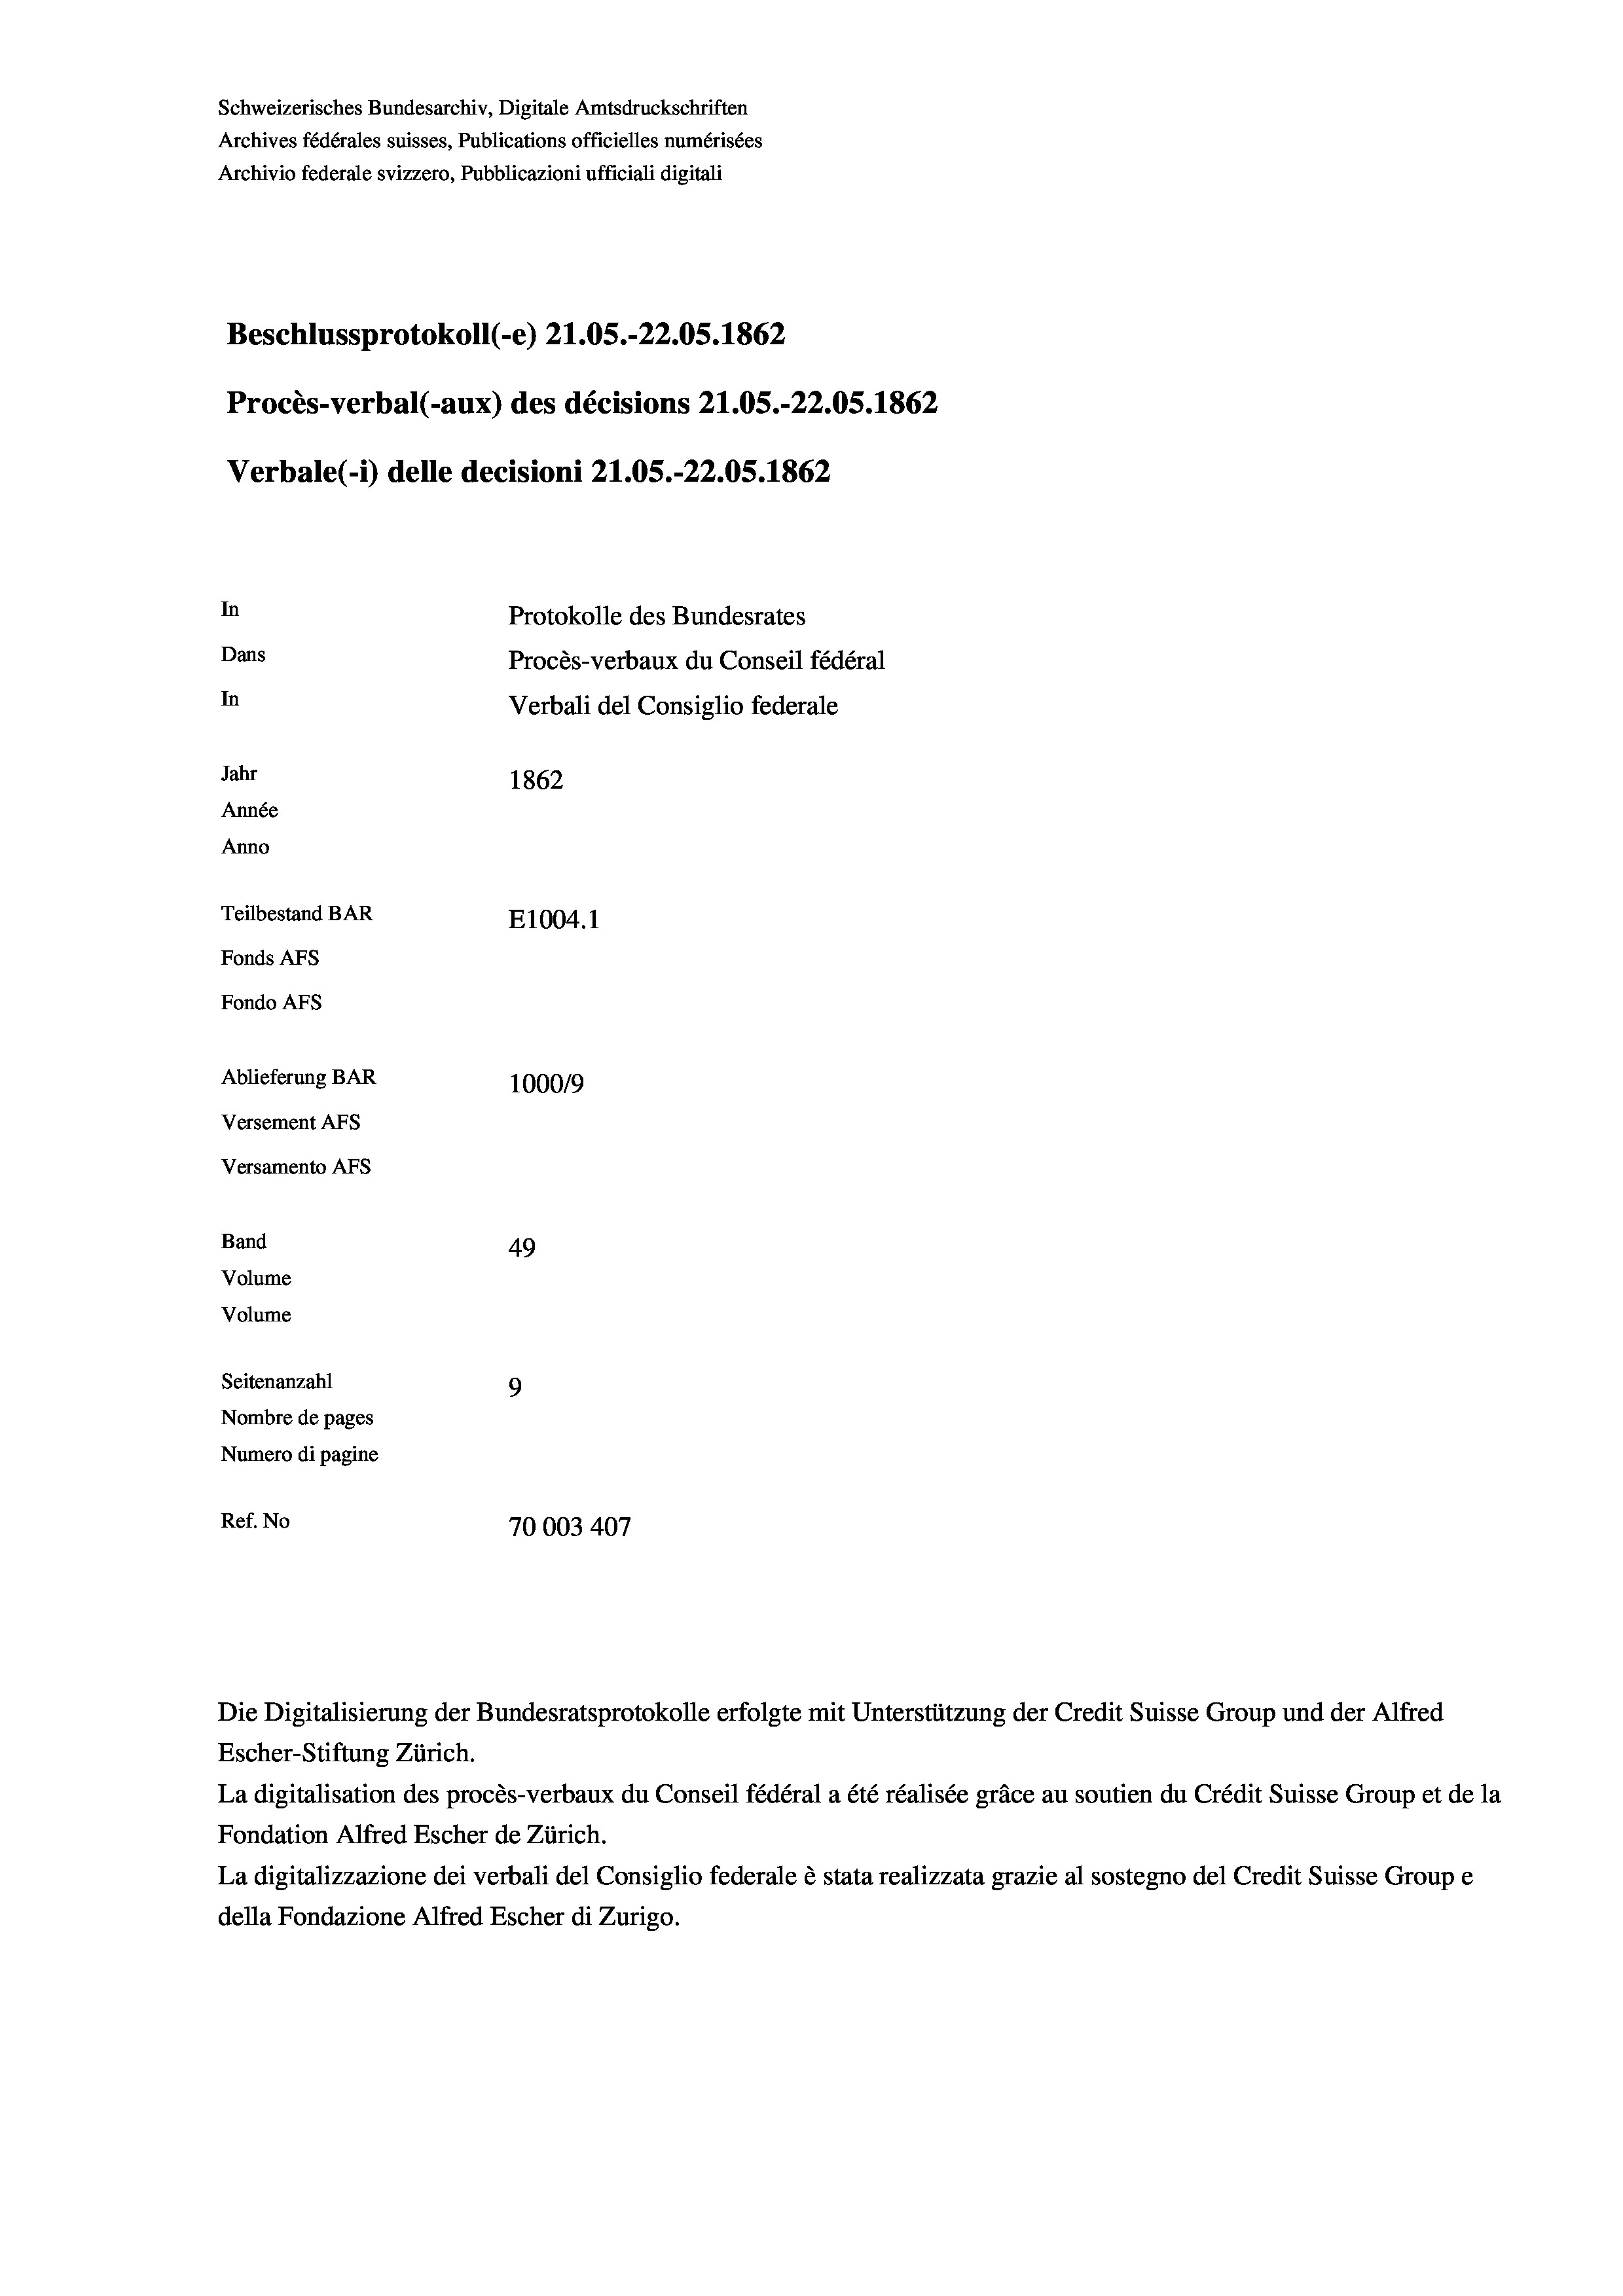
Schweizerisches Bundesarchiv, Digitale Amtsdruckschriften
Archives fédérales suisses, Publications officielles numérisées
Archivio federale svizzero, Pubblicazioni ufficiali digitali
Beschlussprotokoll (e) 21.05.-22.05. 1862
Procès-verbal (-aux) des décisions Z1.05.-22.05. 1862
Verbale (- 1) delle decisioni 21.05.-22.05. 1862
In
Protokolle des Bundesrates
Dans
Procès-verbaux du Conseil fédéral
In
Verbali del Consiglio federale
Jahr
1862
Année
Anno
Teilbestand BAR
E1004. 1
Fonds AFs
Fondo Afs
Ablieferung BAR
100019
Versement AFs
Versamento AFs
Band
49
Volume
Volume
Seitenanzahl
9
Nombre de pages
Numero di pagine
Ref. No
70003 407

Escher-Stiftung Zürich.
La digitalisation des procès-verbaux du Conseil fédéral a été réalisée gräce au soutien du Crédit Suisse Group et de la
Fondation Alfred Escher de Zürich.
La digitalizzazione dei verbali del Consiglio federale è stata realizzata grazie al sostegno del Credit Suisse Groupe
della Fondazione Alfred Escher di Zurigo.

Die Digitalisierung der Bundesratsprotokolle erfolgte mit Unterstützung der Credit Suisse Group und der Alfred